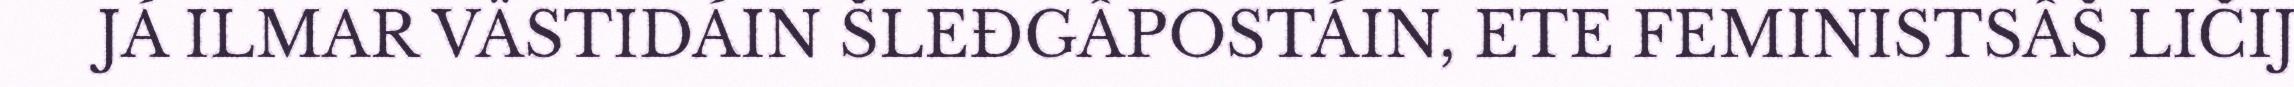
JÁ ILMAR VÄSTIDÁIN ŠLEĐGÂPOSTÁIN, ETE FEMINISTSÂŠ LIČIJ